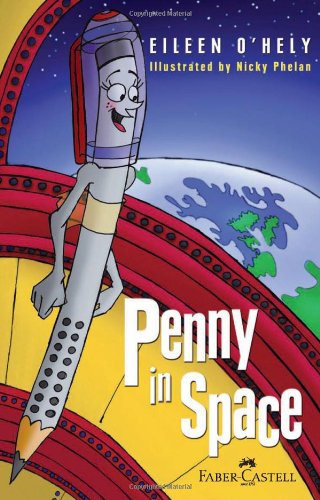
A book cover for Penny in Space (Penny the Pencil); Eileen O'Hely; Teen & Young Adult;